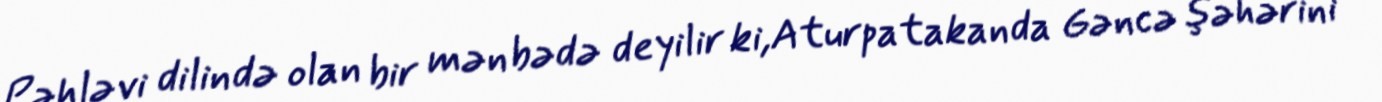
Pəhləvi dilində olan bir mənbədə deyilir ki,Aturpatakanda Gəncə şəhərini